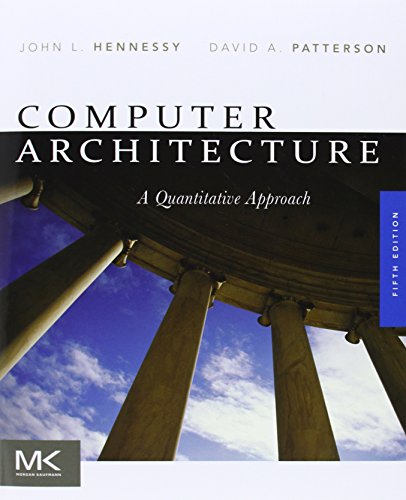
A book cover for Computer Architecture, Fifth Edition: A Quantitative Approach (The Morgan Kaufmann Series in Computer Architecture and Design); John L. Hennessy; Computers & Technology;